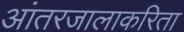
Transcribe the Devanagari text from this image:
आंतरजालाकरिता